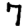
Digit: 7